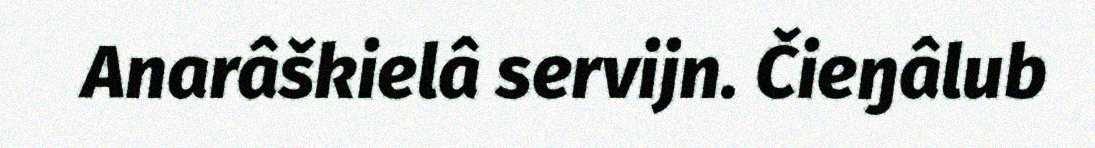
Anarâškielâ servijn. Čieŋâlub